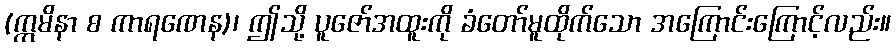
(ဣမိနာ စ ကာရဏေန)၊ ဤသို့ ပူဇော်အထူးကို ခံတော်မူထိုက်သော အကြောင်းကြောင့်လည်း။